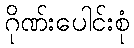
ဂိုဏ်းပေါင်းစုံ